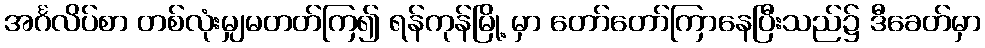
အင်္ဂလိပ်စာ တစ်လုံးမျှမတတ်ကြ၍ ရန်ကုန်မြို့ မှာ တော်တော်ကြာနေပြီးသည်၌ ဒီခေတ်မှာ